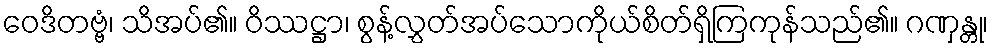
ဝေဒိတဗ္ဗံ၊ သိအပ်၏။ ဝိဿဋ္ဌာ၊ စွန့်လွှတ်အပ်သောကိုယ်စိတ်ရှိကြကုန်သည်၏။ ဂဏှန္တု၊